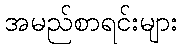
အမည်စာရင်းများ